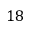
1 8